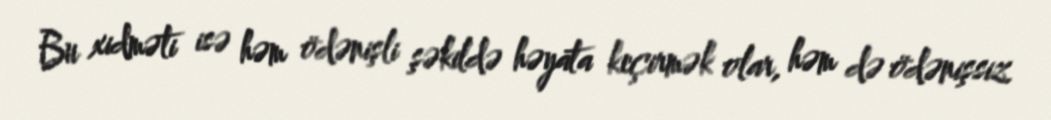
Bu xidməti isə həm ödənişli şəkildə həyata keçirmək olar, həm də ödənişsiz.